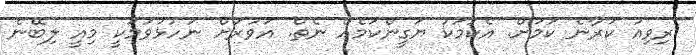
ރިވިއު ކުރާނެ ކަމަށް. އެކަމަކު ޔަގީންކަމެއް ނެތް. އަވަރަށް ނުހުޅުވުމަކީ މިއީ ލިބޭނެ